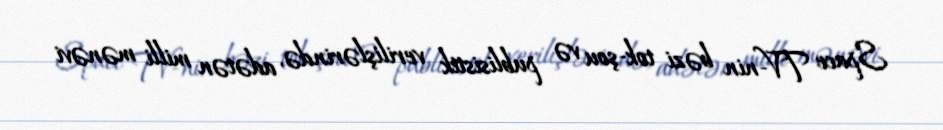
Space TV-nin bəzi tok-şou və publisistik verilişlərində, adətən milli mənəvi